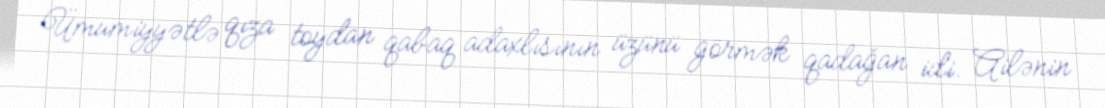
Ümumiyyətlə qıza toydan qabaq adaxlısının üzünü görmək qadağan idi. Ailənin